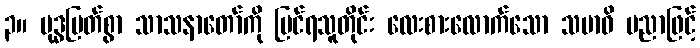
၃။ ဗုဒ္ဓမြတ်စွာ သာသနာတော်ကို မြင်ရသူတိုင်း လေးစားလောက်သော သမာဓိ ပညာဖြင့်